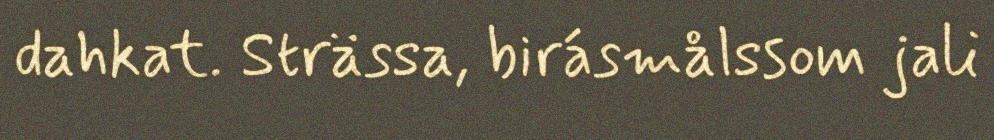
dahkat. Strässa, birásmålssom jali